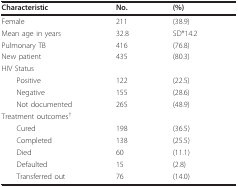
| Characteristic | No. | (%) |
 | --- | --- | --- |
 | Female | 211 | (38.9) |
 | Mean age in years | 32.8 | SD*14.2 |
 | Pulmonary TB | 416 | (76.8) |
 | New patient | 435 | (80.3) |
 | HIV Status |  |  |
 | Positive | 122 | (22.5) |
 | Negative | 155 | (28.6) |
 | Not documented | 265 | (48.9) |
 | Treatment outcomes† |  |  |
 | Cured | 198 | (36.5) |
 | Completed | 138 | (25.5) |
 | Died | 60 | (11.1) |
 | Defaulted | 15 | (2.8) |
 | Transferred out | 76 | (14.0) |